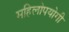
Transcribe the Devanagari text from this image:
महिलोपयोगी